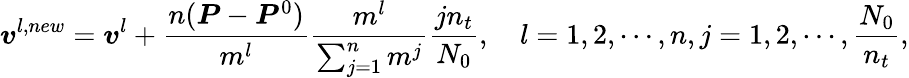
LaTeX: \boldsymbol{v}^{l,new}=\boldsymbol{v}^{l}+\frac{n(\boldsymbol{P}-\boldsymbol{P}^{0})}{m^{l}}\frac{m^{l}}{\sum_{j=1}^{n}m^{j}}\frac{jn_{t}}{N_{0}},\quad l=1,2,\cdots,n,j=1,2,\cdots,\frac{N_{0}}{n_{t}},